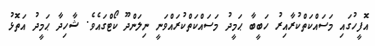
އޮފީހުގައި މަސައްކަތްކުރާއިރު ހަބީބާ ޙަމީދު މަސައްކަތްކުރައްވަނީ ނިލަންދޫ ކޯޓްގައެވެ. ޝާހިދާ ޙަމީދު އަތޮޅު